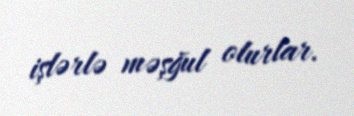
işlərlə məşğul olurlar.